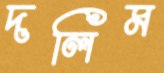
দলিম